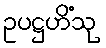
ဥပဋ္ဌဟိံသု